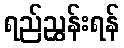
ရည်ညွှန်းရန်